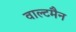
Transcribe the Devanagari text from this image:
वाल्टमैन